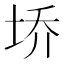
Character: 𰉩